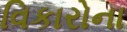
વિકારોના